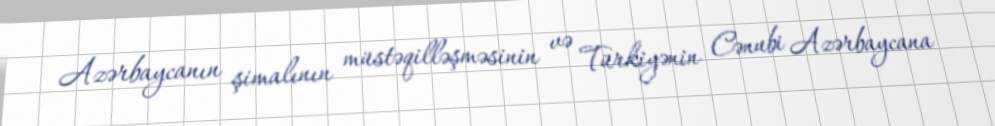
Azərbaycanın şimalının müstəqilləşməsinin və Türkiyənin Cənubi Azərbaycana